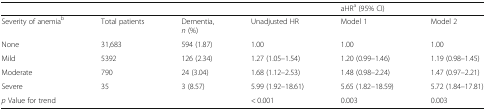
<table><thead><tr><td></td><td></td><td></td><td></td><td colspan="2"><b>aHR<sup>a</sup> (95% CI)</b></td></tr></thead><tbody><tr><td>Severity of anemia<sup>b</sup></td><td>Total patients</td><td>Dementia,<i>n</i> (%)</td><td>Unadjusted HR</td><td>Model 1</td><td>Model 2</td></tr><tr><td>None</td><td>31,683</td><td>594 (1.87)</td><td>1.00</td><td>1.00</td><td>1.00</td></tr><tr><td>Mild</td><td>5392</td><td>126 (2.34)</td><td>1.27 (1.05–1.54)</td><td>1.20 (0.99–1.46)</td><td>1.19 (0.98–1.45)</td></tr><tr><td>Moderate</td><td>790</td><td>24 (3.04)</td><td>1.68 (1.12–2.53)</td><td>1.48 (0.98–2.24)</td><td>1.47 (0.97–2.21)</td></tr><tr><td>Severe</td><td>35</td><td>3 (8.57)</td><td>5.99 (1.92–18.61)</td><td>5.65 (1.82–18.59)</td><td>5.72 (1.84–17.81)</td></tr><tr><td><i>p</i> Value for trend</td><td></td><td></td><td>&lt; 0.001</td><td>0.003</td><td>0.003</td></tr></tbody></table>